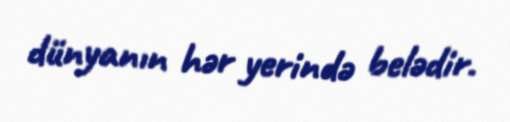
dünyanın hər yerində belədir.